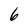
Character: 6